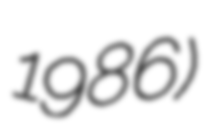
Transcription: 1986)